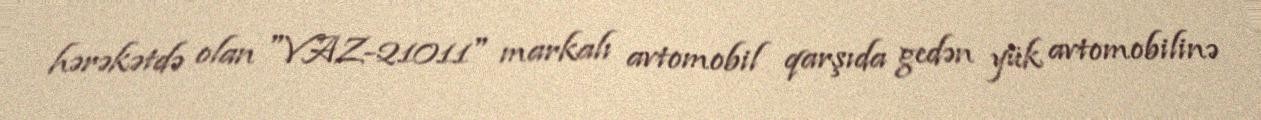
hərəkətdə olan "VAZ-21011" markalı avtomobil qarşıda gedən yük avtomobilinə